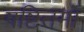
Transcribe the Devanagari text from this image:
षष्टितमो